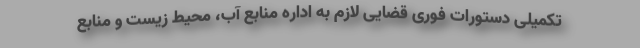
تکمیلی دستورات فوری قضایی لازم به اداره منابع آب، محیط زیست و منابع